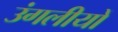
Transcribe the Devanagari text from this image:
उंगलीयों